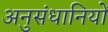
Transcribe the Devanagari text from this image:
अनुसंधानियों